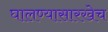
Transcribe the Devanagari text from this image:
घालण्यासारखेच